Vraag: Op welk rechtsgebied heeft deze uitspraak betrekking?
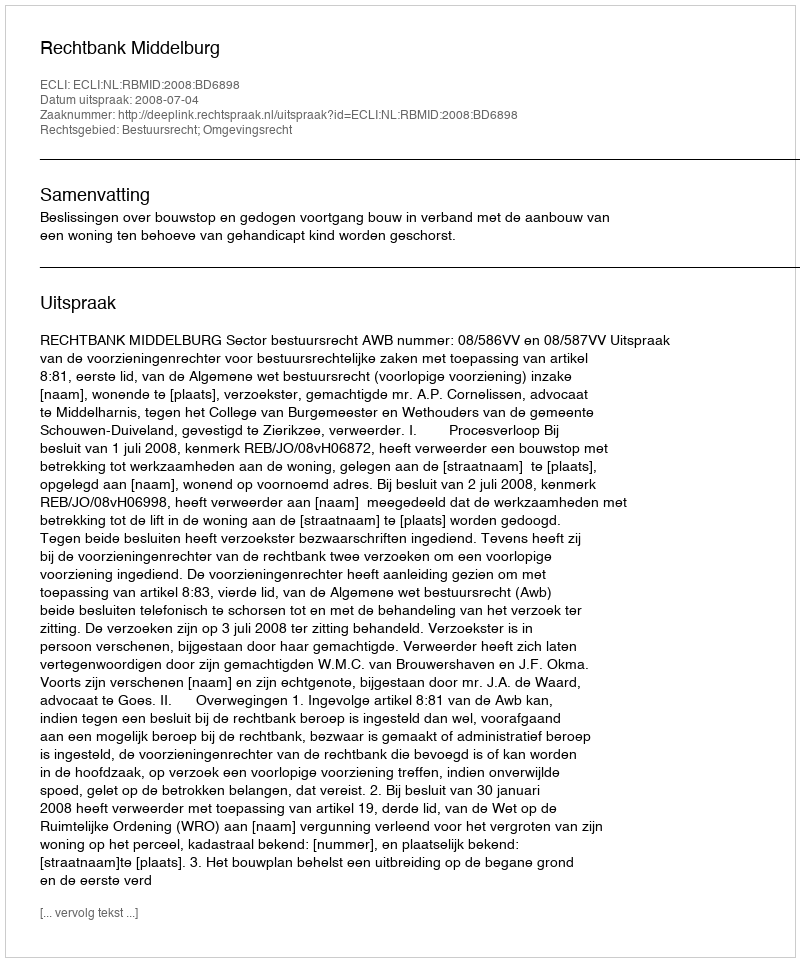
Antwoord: Bestuursrecht; Omgevingsrecht